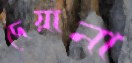
দেয়ানা